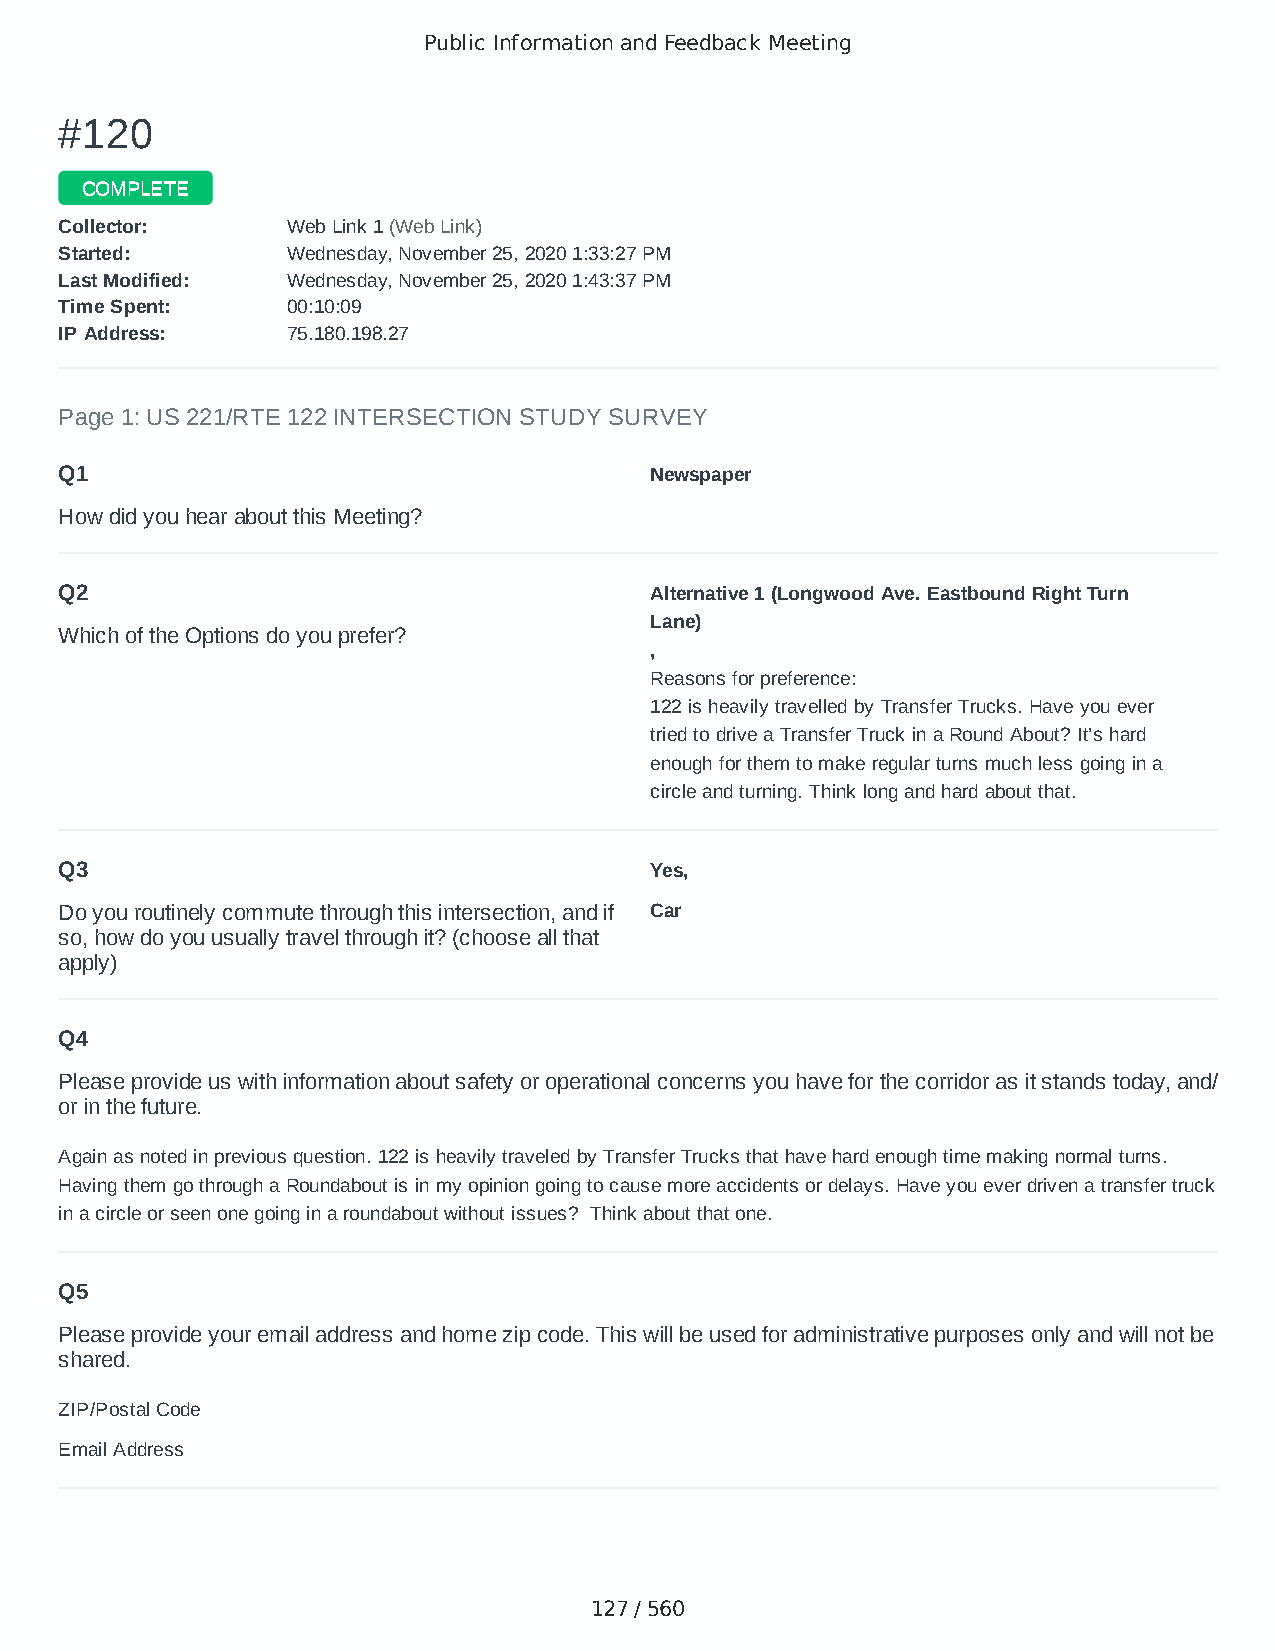
Public Information and Feedback Meeting
 ##112200
 CCOOMMPPLLEETTEE
 CCoolllleeccttoorr:: WWeebb LLiinnkk 11 ((WWeebb LLiinnkk))
 SSttaarrtteedd:: WWeeddnneessddaayy,, NNoovveemmbbeerr 2255,, 22002200 11::3333::2277 PPMM
 LLaasstt MMooddiiffiieedd:: WWeeddnneessddaayy,, NNoovveemmbbeerr 2255,, 22002200 11::4433::3377 PPMM
 TTiimmee SSppeenntt:: 0000::1100::0099
 IIPP AAddddrreessss:: 7755..118800..119988..2277
 Page 1: US 221/RTE 122 INTERSECTION STUDY SURVEY
 Q1                                     Newspaper
 How did you hear about this Meeting?
 Q2                                     Alternative 1 (Longwood Ave. Eastbound Right Turn
 Lane)
 Which of the Options do you prefer?
 ,
 Reasons for preference:
 122 is heavily travelled by Transfer Trucks. Have you ever
 tried to drive a Transfer Truck in a Round About? It’s hard
 enough for them to make regular turns much less going in a
 circle and turning. Think long and hard about that.
 Q3                                     Yes,
 Do you routinely commute through this intersection, and if Car
 so, how do you usually travel through it? (choose all that
 apply)
 Q4
 Please provide us with information about safety or operational concerns you have for the corridor as it stands today, and/
 or in the future.
 Again as noted in previous question. 122 is heavily traveled by Transfer Trucks that have hard enough time making normal turns.
 Having them go through a Roundabout is in my opinion going to cause more accidents or delays. Have you ever driven a transfer truck
 in a circle or seen one going in a roundabout without issues? Think about that one.
 Q5
 Please provide your email address and home zip code. This will be used for administrative purposes only and will not be
 shared.
 ZIP/Postal Code                        24523
 Email Address                          DBRAGG58@gmail.com
 127 / 560